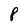
Character: 8